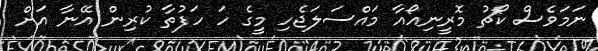
ނަމަވެސް ކޯޗު މޮރީނިއޯއާ މައްސަލަޖެހި މީގެ ހަ ހަފުތާ ކުރިން އޭނާ އަށް